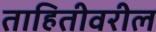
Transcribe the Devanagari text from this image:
ताहितीवरील